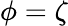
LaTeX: \phi=\zeta